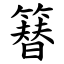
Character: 簮